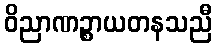
ဝိညာဏဉ္စာယတနသညီ